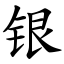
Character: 银